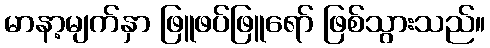
မာနာ့မျက်နှာ ဖြူဖပ်ဖြူရော် ဖြစ်သွားသည်။